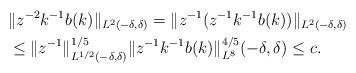
LaTeX: \begin{align*}& \|z^{-2} k^{-1}b(k) \|_{L^2(-\delta,\delta) }= \| z^{-1} ( z^{-1} k^{-1}b(k)) \|_{L^2(-\delta,\delta) }\\ &\leq \|z^{-1} \|_{L^{1/2}(-\delta,\delta) }^{1/5} \| z^{-1} k^{-1} b(k) \|_{L^8}^{4/5}(-\delta,\delta)\leq c.\end{align*}